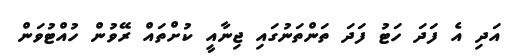
އަދި އެ ފަދަ ހަޓު ފަދަ ތަންތަނުގައި ޖިނާއީ ކުށްތައް ރޭވުން ހުއްޓުވަން